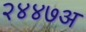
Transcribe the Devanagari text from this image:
२४४७अ